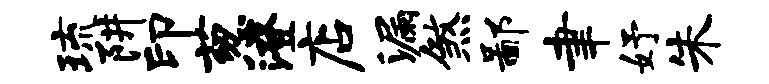
琉阱印葱澄店漏煞鄙聿妤朱